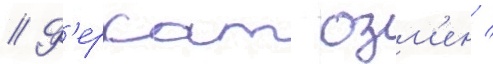
// Ф'ерхат озм'ен /